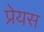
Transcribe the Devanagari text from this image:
प्रेयस